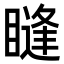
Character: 𥊒